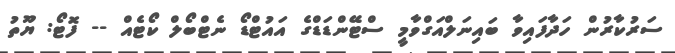
ސަރުކާރުން ހަދާފައިވާ ބައިނަލްއަގްވާމީ ސްޓޭންޑަޑްގެ އައުޓްޑޯ ނެޓްބޯލް ކޯޓެއް -- ފޮޓޯ: ޔޫތު